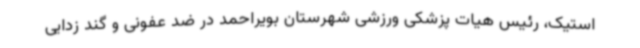
استیک، رئیس هیات پزشکی ورزشی شهرستان بویراحمد در ضد عفونی و گند زدایی